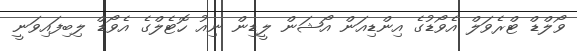
ވޯލްޑް ޓްރެވަލް އެވޯޑުގެ އިންޑިއަން އޯޝަން ލީޑިން ނިއު ހޮޓެލްގެ އެވޯޑް ލިބިފައިވަނީ